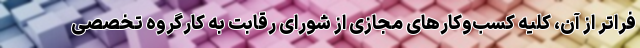
فراتر از آن، کلیه کسب‌وکارهای مجازی از شورای رقابت به کارگروه تخصصی